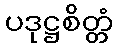
ပဒုဋ္ဌစိတ္တံ